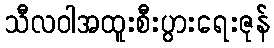
သီလဝါအထူးစီးပွားရေးဇုန်